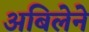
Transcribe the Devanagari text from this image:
अबिलेने